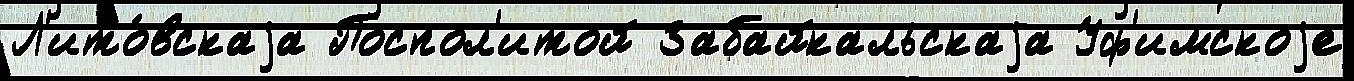
Л'ито́вскаjа Поспол'итой Забайкальскаjа Уф'имскоjе